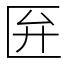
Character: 匥